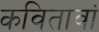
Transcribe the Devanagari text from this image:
कवितावां